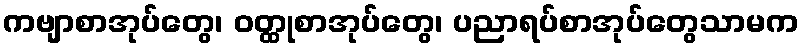
ကဗျာစာအုပ်တွေ၊ ဝတ္ထုစာအုပ်တွေ၊ ပညာရပ်စာအုပ်တွေသာမက